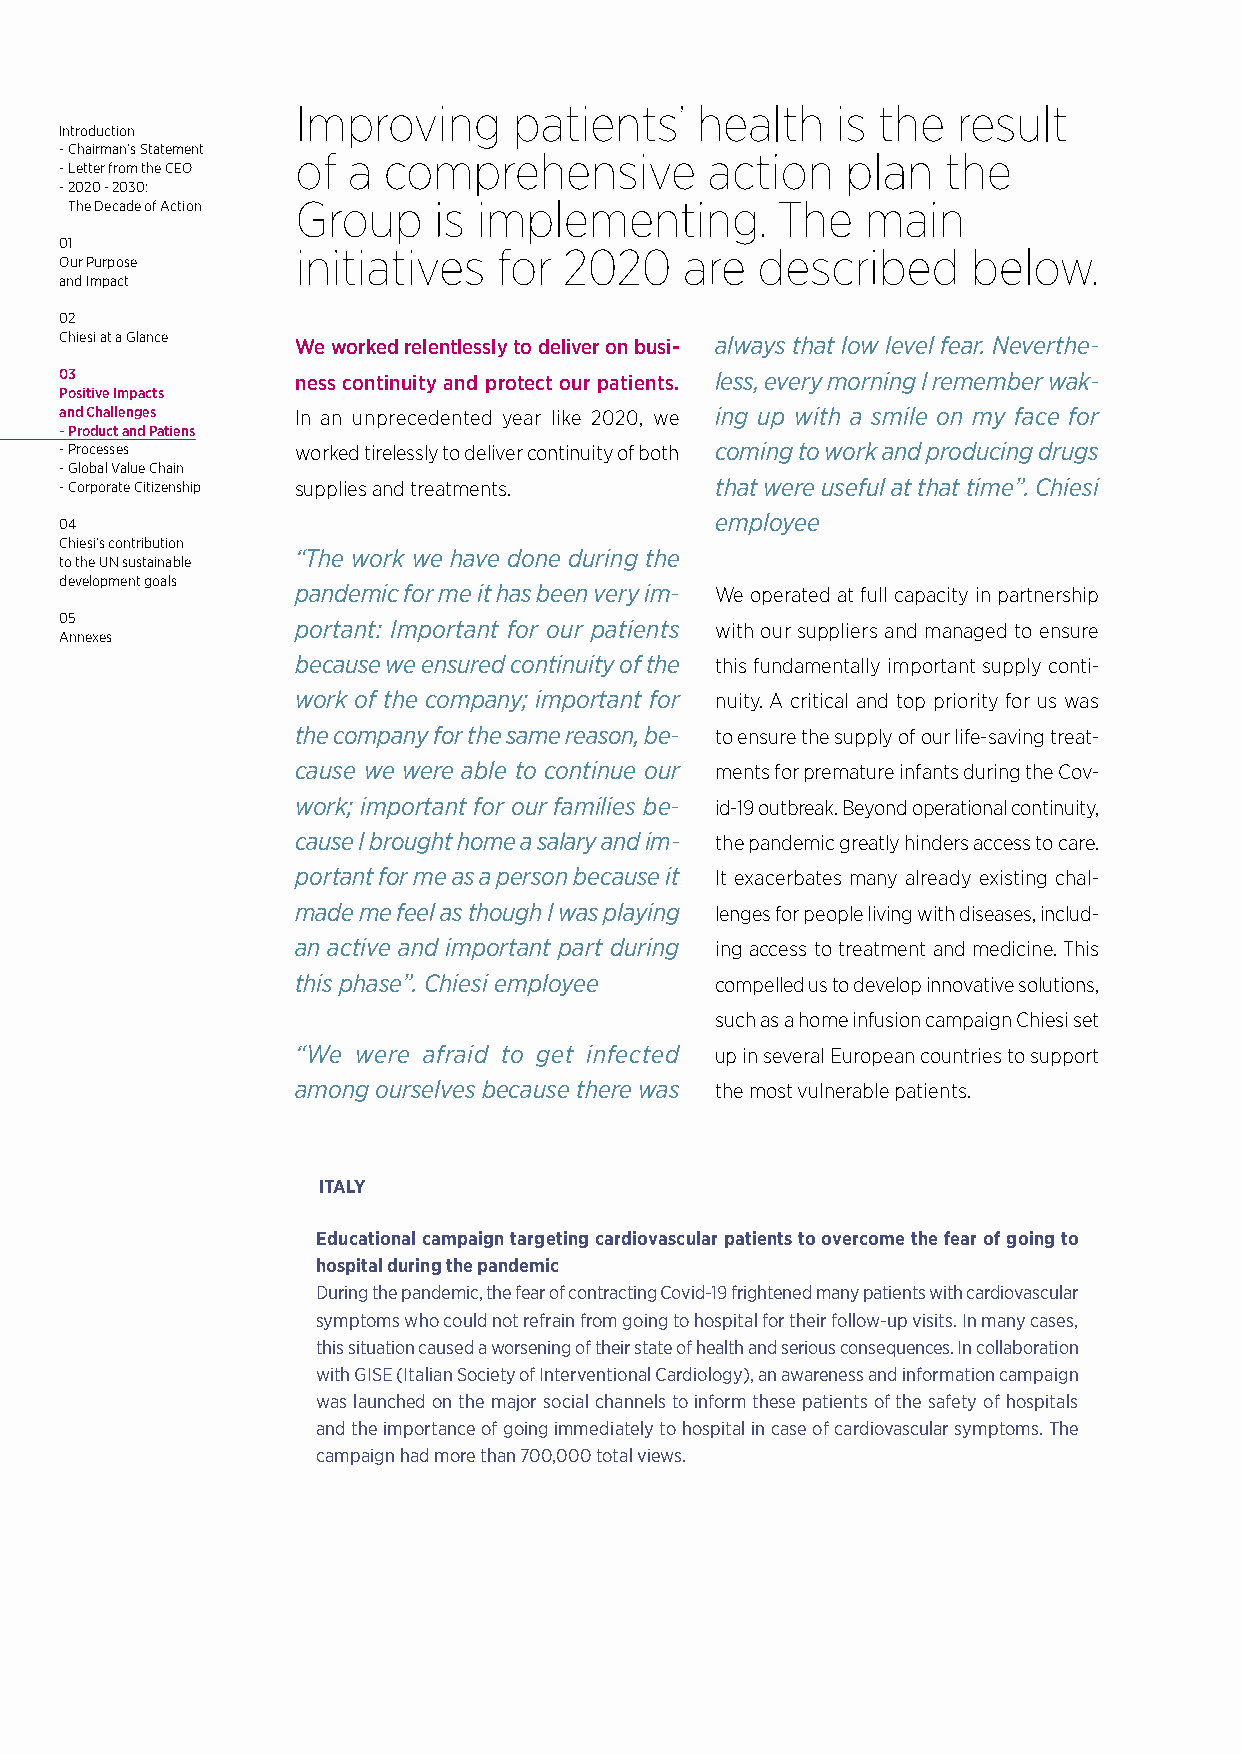
Improving     patients’   health   is the  result
 Introduction
 - Chairman’s Statement of a comprehensive  action   plan   the
 - Letter from the CEO
 - 2020 - 2030:
 The Decade of Action Group is implementing.   The   main
 01
 initiatives  for 2020    are  described     below.
 Our Purpose
 and Impact
 02
 Chiesi at a Glance We worked relentlessly to deliver on busi- always that low level fear. Neverthe-
 03              ness continuity and protect our patients. less, every morning I remember wak-
 Positive Impacts
 and Challenges  In an unprecedented year like 2020, we ing up with a smile on my face for
 - Product and Patiens
 - Processes     worked tirelessly to deliver continuity of both coming to work and producing drugs
 - Global Value Chain
 - Corporate Citizenship supplies and treatments. that were useful at that time”. Chiesi
 04                                         employee
 Chiesi’s contribution
 “The work we have done during the
 to the UN sustainable
 development goals
 pandemic for me it has been very im- We operated at full capacity in partnership
 05
 portant: Important for our patients with our suppliers and managed to ensure
 Annexes
 because we ensured continuity of the this fundamentally important supply conti-
 work of the company; important for nuity. A critical and top priority for us was
 the company for the same reason, be- to ensure the supply of our life-saving treat-
 cause we were able to continue our ments for premature infants during the Cov-
 work; important for our families be- id-19 outbreak. Beyond operational continuity,
 cause I brought home a salary and im- the pandemic greatly hinders access to care.
 portant for me as a person because it It exacerbates many already existing chal-
 made me feel as though I was playing lenges for people living with diseases, includ-
 an active and important part during ing access to treatment and medicine. This
 this phase”. Chiesi employee compelled us to develop innovative solutions,
 such as a home infusion campaign Chiesi set
 “We were afraid to get infected up in several European countries to support
 among ourselves because there was the most vulnerable patients.
 ITALY
 Educational campaign targeting cardiovascular patients to overcome the fear of going to
 hospital during the pandemic
 During the pandemic, the fear of contracting Covid-19 frightened many patients with cardiovascular
 symptoms who could not refrain from going to hospital for their follow-up visits. In many cases,
 this situation caused a worsening of their state of health and serious consequences. In collaboration
 with GISE (Italian Society of Interventional Cardiology), an awareness and information campaign
 was launched on the major social channels to inform these patients of the safety of hospitals
 and the importance of going immediately to hospital in case of cardiovascular symptoms. The
 campaign had more than 700,000 total views.